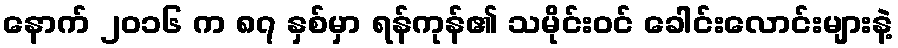
နောက် ၂၀၁၆ က ၈၇ နှစ်မှာ ရန်ကုန်၏ သမိုင်းဝင် ခေါင်းလောင်းများနဲ့